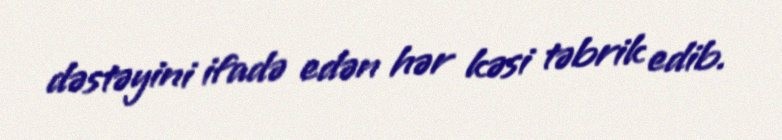
dəstəyini ifadə edən hər kəsi təbrik edib.